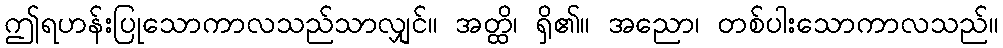
ဤရဟန်းပြုသောကာလသည်သာလျှင်။ အတ္ထိ၊ ရှိ၏။ အညော၊ တစ်ပါးသောကာလသည်။